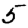
Digit: 5